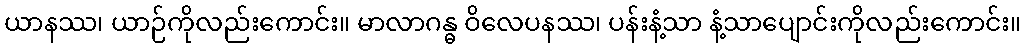
ယာနဿ၊ ယာဉ်ကိုလည်းကောင်း။ မာလာဂန္ဓ ဝိလေပနဿ၊ ပန်းနံ့သာ နံ့သာပျောင်းကိုလည်းကောင်း။